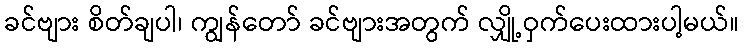
ခင်ဗျား စိတ်ချပါ၊ ကျွန်တော် ခင်ဗျားအတွက် လျှို့ဝှက်ပေးထားပါ့မယ်။